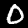
Digit: 0